Annual report of the Punjab Veterinary College and of the Civil Veterinary Department, Punjab - 1926-1932
Year: 1926
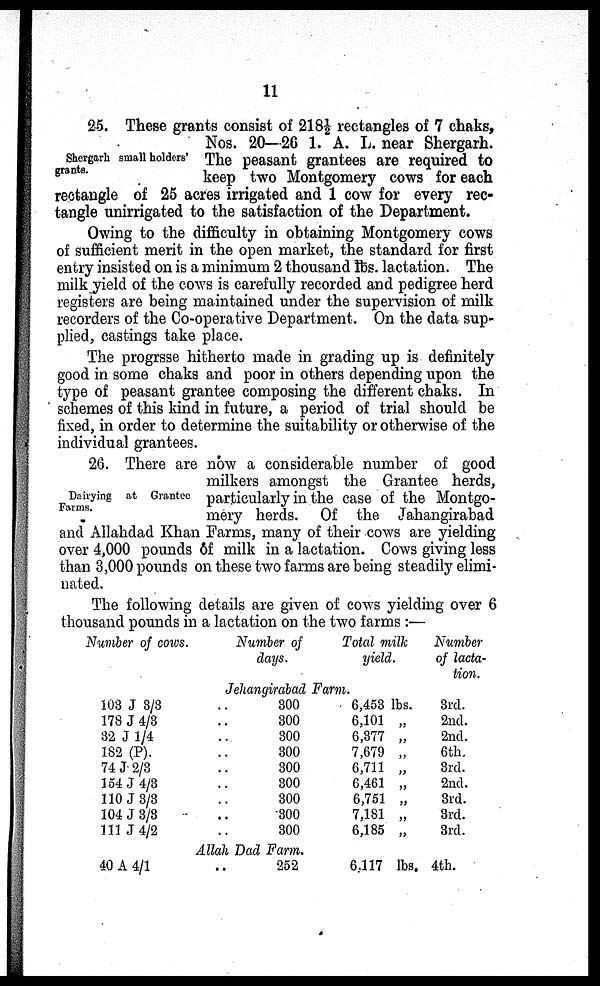
11
Shergarh small holders'
grants.
25. These grants consist of 218½ rectangles of 7 chaks,
Nos. 20—26 1. A. L. near Shergarh.
The peasant grantees are required to
keep two Montgomery cows for each
rectangle of 25 acres irrigated and 1 cow for every rec-
tangle unirrigated to the satisfaction of the Department.
Owing to the difficulty in obtaining Montgomery cows
of sufficient merit in the open market, the standard for first
entry insisted on is a minimum 2 thousand lbs. lactation. The
milk yield of the cows is carefully recorded and pedigree herd
registers are being maintained under the supervision of milk
recorders of the Co-operative Department. On the data sup-
plied, castings take place.
The progrsse hitherto made in grading up is definitely
good in some chaks and poor in others depending upon the
type of peasant grantee composing the different chaks. In
schemes of this kind in future, a period of trial should be
fixed, in order to determine the suitability or otherwise of the
individual grantees.
Dairying at Grantee
Farms.
26. There are now a considerable number of good
milkers amongst the Grantee herds,
particularly in the case of the Montgo-
mery herds. Of the Jahangirabad
and Allahdad Khan Farms, many of their cows are yielding
over 4,000 pounds 6f milk in a lactation. Cows giving less
than 3,000 pounds on these two farms are being steadily elimi-
nated.
The following details are given of cows yielding over 6
thousand pounds in a lactation on the two farms :—
Number of cows.
Number of
days.
Total milk
yield.
Number
of lacta-
tion.
Jehangirabad Farm.
103 J 3/3
..
178 J 4/3 ..
32 J 1/4
..
182 (P)
..
74 J 2/3
..
154 J 4/3
..
110 J 3/3 ..
104 J
3/3
..
111J 4/2 ..
300
300
300
300
300
300
300
300
300
6,453 lbs.
6,101 „
6,377 „
7,679 „
6,711 „
6,461 „
6,751 „
7,181 „
6,185 „
3rd.
2nd.
2nd.
6th.
3rd.
2nd.
3rd.
3rd.
3rd.
Allah Dad Farm.
40 A
4/1..
252
6.117 lbs. 4th.